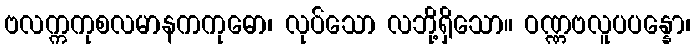
ဗလက္ကကုစလမာနကကုဓော၊ လုပ်သော လဘို့ရှိသော။ ဝဏ္ဏဗလူပပန္နော၊